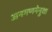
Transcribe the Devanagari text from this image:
जनगणनेनुसा